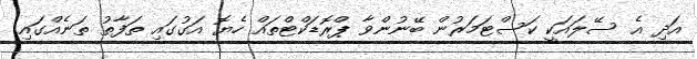
އަދި އެ ސޭލައަކީ ކަސްޓަމަރުން ބޭނުންވާ ޕްރޮޑަކްޓްތައް ހެޔޮ އަގުގައި ތަފާތު ތަނެއްގައި